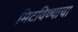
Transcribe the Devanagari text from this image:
मिटविण्याचा